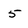
Character: 5